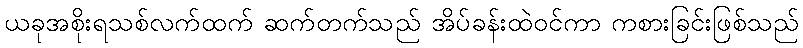
ယခုအစိုးရသစ်လက်ထက် ဆက်တက်သည် အိပ်ခန်းထဲဝင်ကာ ကစားခြင်းဖြစ်သည်